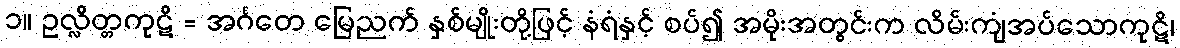
၁။ ဥလ္လိတ္တကုဋိ = အင်္ဂတေ မြေညက် နှစ်မျိုးတို့ဖြင့် နံရံနှင့် စပ်၍ အမိုးအတွင်းက လိမ်းကျံအပ်သောကုဋိ၊